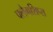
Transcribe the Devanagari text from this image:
फ्लैगशिप्‍स